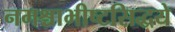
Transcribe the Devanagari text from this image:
नमश्चाभीष्टसिद्धये